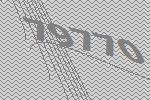
79770